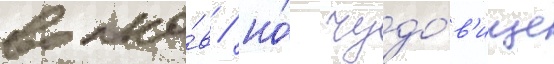
волко́в / но́ чудо́в'ище